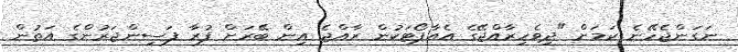
ނަގަންޖެހޭނެ ކަމަށް "ދިވެހިރާއްޖޭގެ އެއާޕޯޓަކުން ރާއްޖެ އިން ބޭރަށް ފުރާ ފަސިންޖަރުންގެ އަތުން